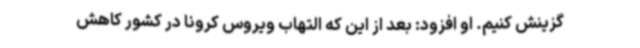
گزینش کنیم. او افزود: بعد از این که التهاب ویروس کرونا در کشور کاهش